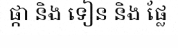
ផ្កា និង ទៀន និង ផ្លែ